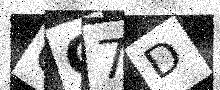
Text: QO7D